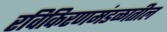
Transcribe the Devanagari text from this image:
रविकिरणमंडळातील